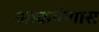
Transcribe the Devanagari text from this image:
आकर्षणास